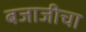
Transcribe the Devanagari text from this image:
बजाजीचा